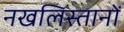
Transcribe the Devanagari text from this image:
नखलिस्तानों